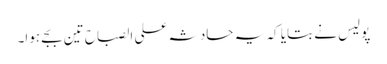
پولیس نے بتایا کہ یہ حادثہ علی الصباح تین بجے ہوا۔